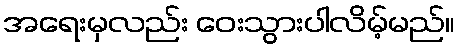
အရေးမှလည်း ဝေးသွားပါလိမ့်မည်။